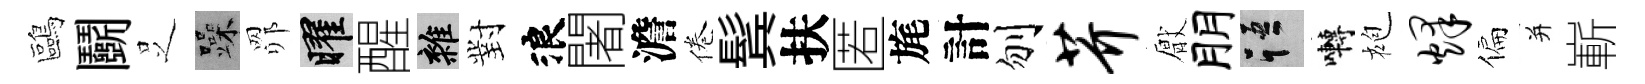
鷗鬬𠯁躁𦊑曜醒雜對浪闍澹倦鬂扶匿旄計刎芥厭朋語囀袍烽偏并嶄